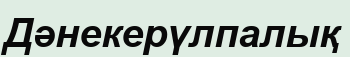
Дәнекерүлпалық